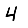
Digit: 4